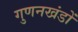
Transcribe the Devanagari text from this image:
गुणनखंडों